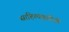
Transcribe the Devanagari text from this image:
साहित्यकृतींशी